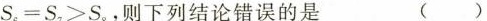
S_{6}=S_{7}>S——{8}则下列结论错误的是 ( )